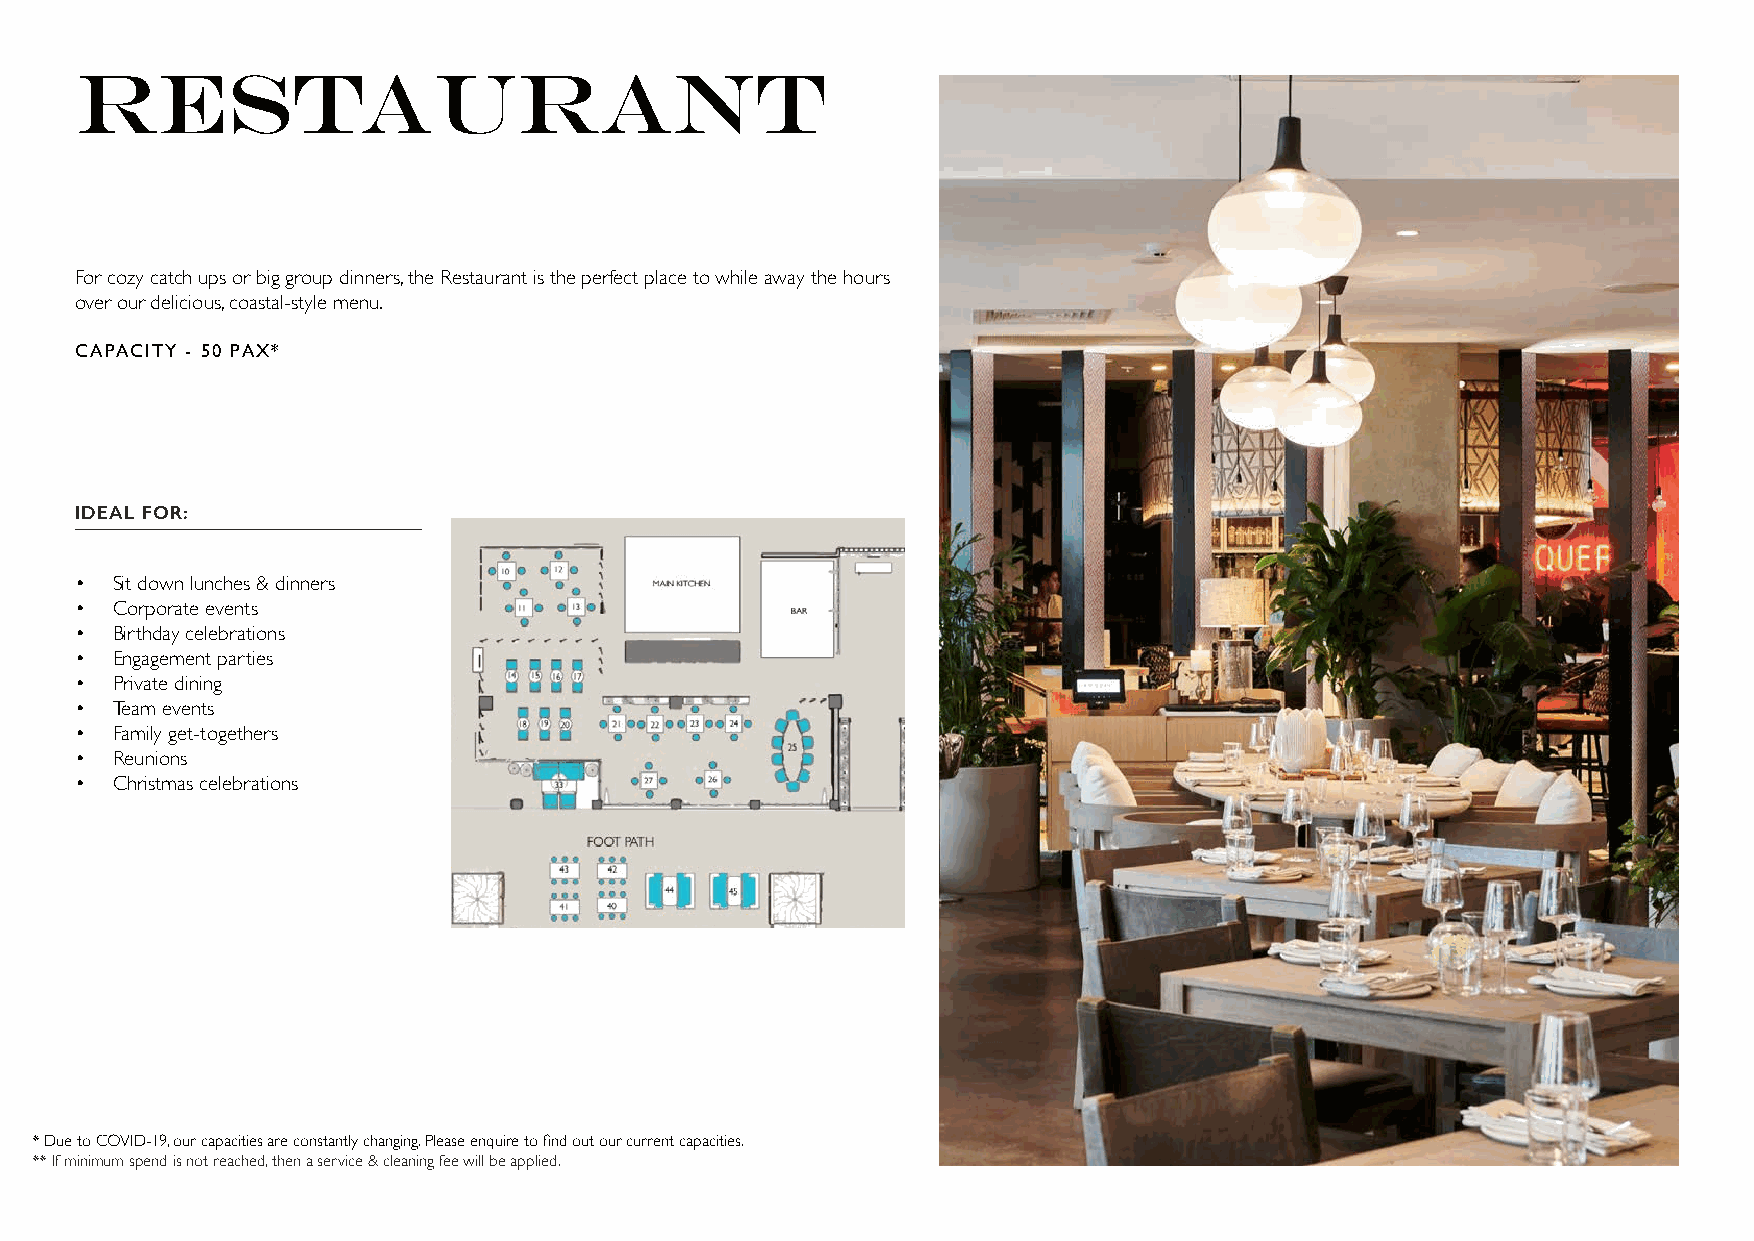
restaurant
 For cozy catch ups or big group dinners, the Restaurant is the perfect place to while away the hours
 over our delicious, coastal-style menu.
 CAPACITY - 50 PAX*
 IDEAL FOR:
 • Sit down lunches & dinners
 • Corporate events
 • Birthday celebrations
 • Engagement parties
 • Private dining
 • Team events
 • Family get-togethers
 • Reunions
 • Christmas celebrations
 * Due to COVID-19, our capacities are constantly changing. Please enquire to find out our current capacities.
 ** If minimum spend is not reached, then a service & cleaning fee will be applied.